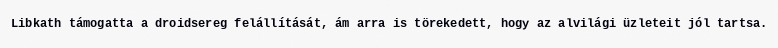
Libkath támogatta a droidsereg felállítását, ám arra is törekedett, hogy az alvilági üzleteit jól tartsa.